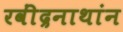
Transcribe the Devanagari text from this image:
रवींद्रनाथांन